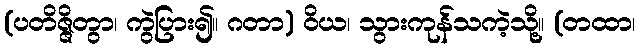
(ပတိဇ္ဇိတွာ၊ ကွဲပြား၍။ ဂတာ) ဝိယ၊ သွားကုန်သကဲ့သို့။ (တထာ၊